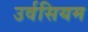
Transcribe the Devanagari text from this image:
उर्वसियम